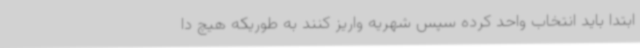
ابتدا باید انتخاب واحد کرده سپس شهریه واریز کنند به طوریکه هیچ دا